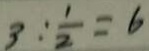
3 : \frac { 1 } { 2 } = 6